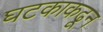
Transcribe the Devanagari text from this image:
घटकाकढून